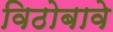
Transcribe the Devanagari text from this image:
विठोबावे